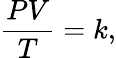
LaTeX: {\frac{PV}{T}}=k,